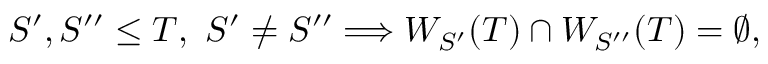
S ^ { \prime } , S ^ { \prime \prime } \leq T , \ S ^ { \prime } \not = S ^ { \prime \prime } \Longrightarrow W _ { S ^ { \prime } } ( T ) \cap W _ { S ^ { \prime \prime } } ( T ) = \emptyset ,